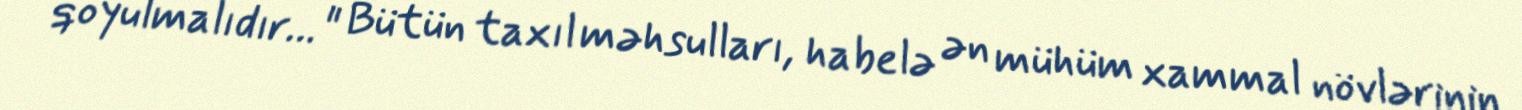
qoyulmalıdır… " Bütün taxıl məhsulları, habelə ən mühüm xammal növlərinin